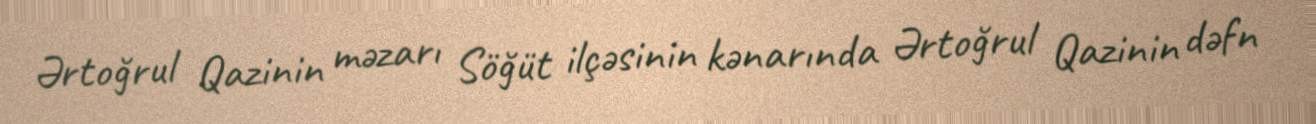
Ərtoğrul Qazinin məzarı Söğüt ilçəsinin kənarında Ərtoğrul Qazinin dəfn